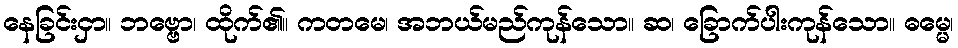
နေခြင်းငှာ။ ဘဗ္ဗော၊ ထိုက်၏။ ကတမေ၊ အဘယ်မည်ကုန်သော။ ဆ၊ ခြောက်ပါးကုန်သော။ ဓမ္မေ၊